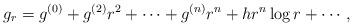
LaTeX: \begin{align*} g_r = g^{(0)} + g^{(2)}r^2 + \cdots + g^{(n)}r^n + h r^n \log r + \cdots,\end{align*}